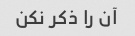
آن را ذکر نکن